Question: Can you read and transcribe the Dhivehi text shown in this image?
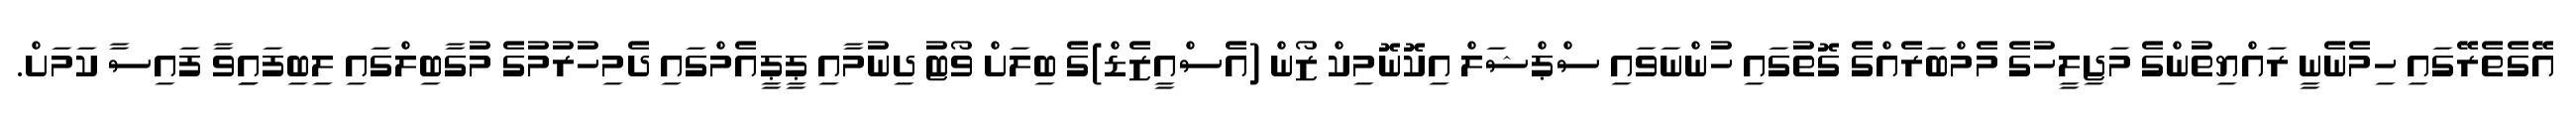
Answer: އޭގެތެރޭގައި ހިމެނެނީ ރައްޔިތުންގެ މަޖިލީހުގެ މެމްބަރެއްގެ ގޮތުގައި ހުންނަވައި ސްޕްޝަލް އިކޮނޮމިކް ޒޯން (އެސްއީޒެޑް)ގެ ބިލަށް ވޯޓު ދިނުމާއި ޕީޕީއެމްގައި ދެމިހުރުމުގެ މުގާބިލްގައި ލިބިފައިިވާ ފައިސާ ކަމަށް.